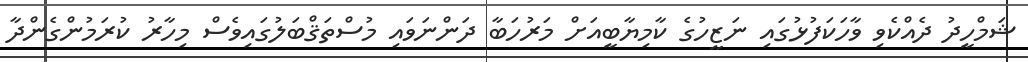
ޝަމްހީދު ދެއްކެވި ވާހަކަފުޅުގައި ނަޒީހުގެ ކާމިޔާބީއަށް މަރުހަބާ ދަންނަވައި މުސްތަޤްބަލުގައިވެސް މިހާރު ކުރަމުންގެންދާ